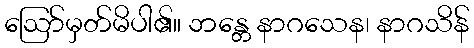
ဩော်မှတ်မိပါ၏။ ဘန္တေ နာဂသေန၊ နာဂသိန်